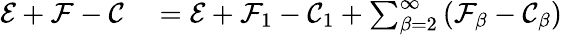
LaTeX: \begin{array}{rl}{\mathcal{E}+\mathcal{F}-\mathcal{C}}&{{}=\mathcal{E}+\mathcal{F}_{1}-\mathcal{C}_{1}+\sum_{\beta=2}^{\infty}\left(\mathcal{F}_{\beta}-\mathcal{C}_{\beta}\right)}\end{array}